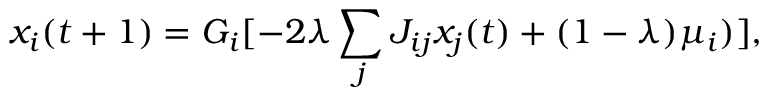
x _ { i } ( t + 1 ) = G _ { i } [ - 2 \lambda \sum _ { j } J _ { i j } x _ { j } ( t ) + ( 1 - \lambda ) \mu _ { i } ) ] ,